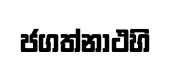
ජගත්නාථහි